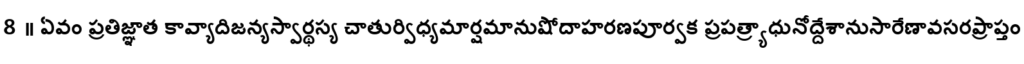
8 ॥ ఏవం ప్రతిజ్ఞాత కావ్యాదిజన్యస్వార్థస్య చాతుర్విధ్యమార్షమానుషోదాహరణపూర్వక ప్రపత్ర్యాధునోద్దేశానుసారేణావసరప్రాప్తం